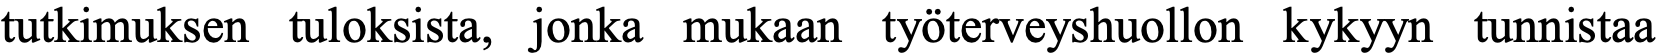
tutkimuksen tuloksista, jonka mukaan työterveyshuollon kykyyn tunnistaa